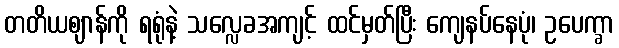
တတိယဈာန်ကို ရရုံနဲ့ သလ္လေခအကျင့် ထင်မှတ်ပြီး ကျေနပ်နေပုံ၊ ဥပေက္ခာ